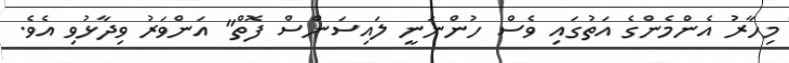
މިހާރު އެންމެންގެ އަތުގައި ވެސް ހުންނަނީ ލައިސަންސް ފޮތް" އަންވަރު ވިދާޅުވި އެވެ.